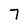
Character: 7